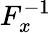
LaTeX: F_{x}^{-1}